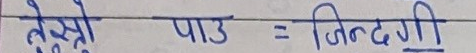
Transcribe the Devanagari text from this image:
तेस्रो पाठ = जिन्दगी